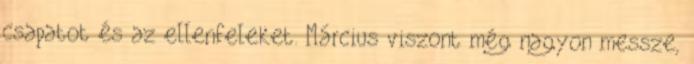
csapatot és az ellenfeleket. Március viszont még nagyon messze,